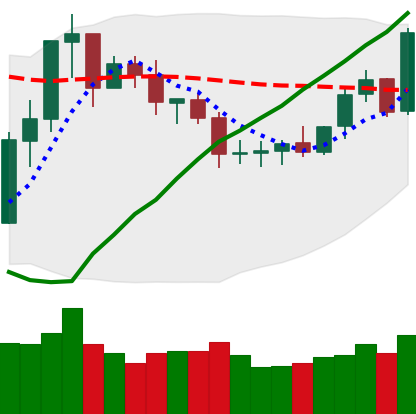
Ticker: ETC-USD
Chart end date: 2020-07-25
Forward return: 10.12%
Label: up_7plus